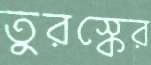
তুরস্কের